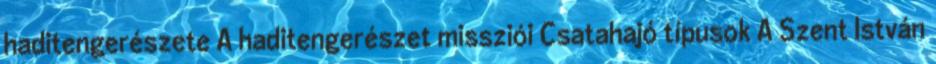
haditengerészete A haditengerészet missziói Csatahajó típusok A Szent István